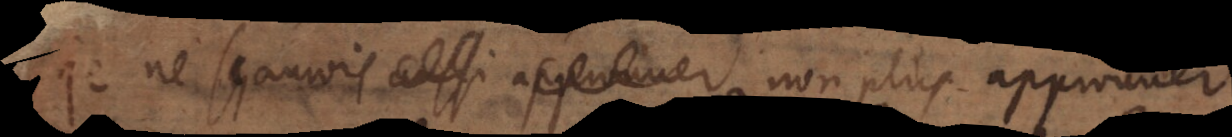
Je ne sçaurois aussi approver non plus approuver